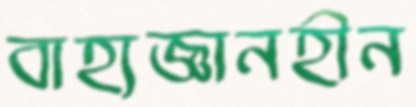
বাহ্যজ্ঞানহীন